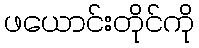
ဖယောင်းတိုင်ကို